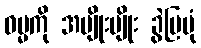
ဓမ္မကို အမျိုးမျိုး ခွဲပြပုံ